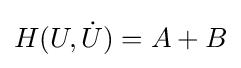
H(U,{\dot {U}})=A+B